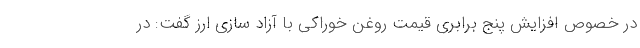
در خصوص افزایش پنج برابری قیمت روغن خوراکی با آزاد سازی ارز گفت: در